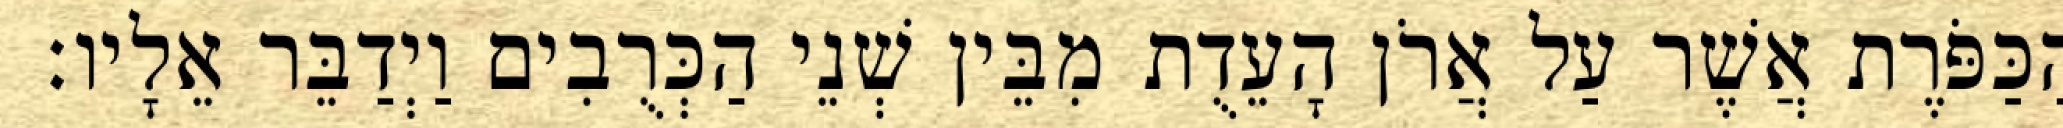
הַכַּפֹּרֶת אֲשֶׁר עַל אֲרֹן הָעֵדֻת מִבֵּין שְׁנֵי הַכְּרֻבִים וַיְדַבֵּר אֵלָיו׃